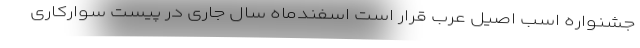
جشنواره اسب اصیل عرب قرار است اسفندماه سال جاری در پیست سوارکاری